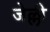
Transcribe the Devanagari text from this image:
जेल्ली